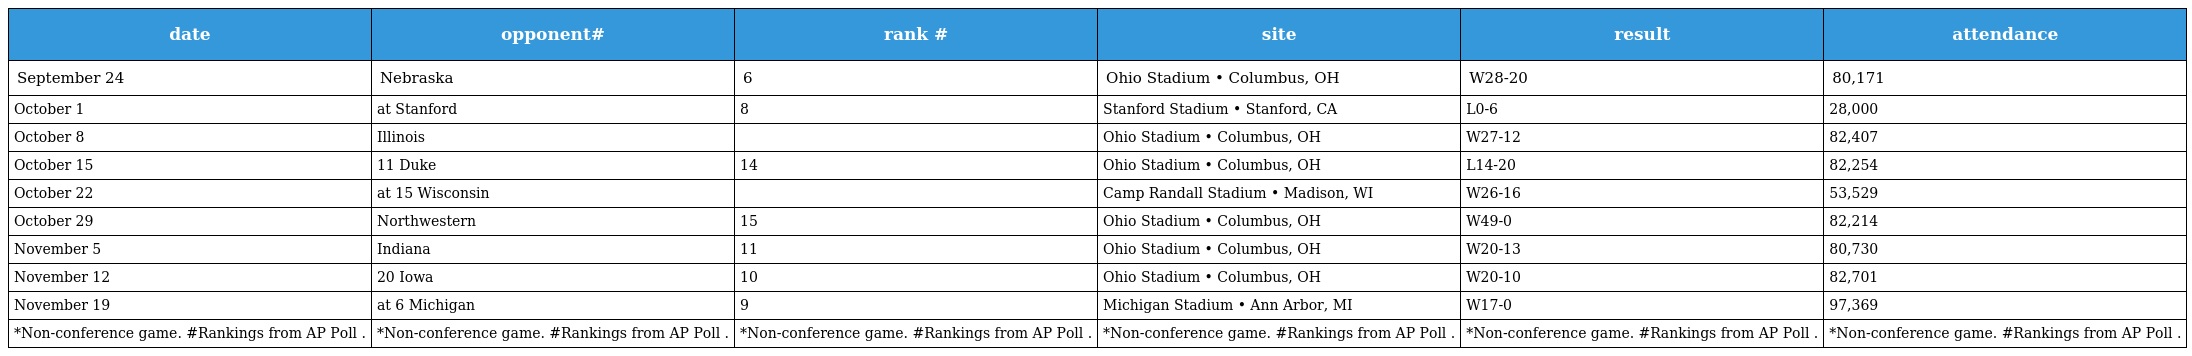
| date | opponent# | rank # | site | result | attendance |
 | --- | --- | --- | --- | --- | --- |
 | September 24 | Nebraska | 6 | Ohio Stadium • Columbus, OH | W28-20 | 80,171 |
 | October 1 | at Stanford | 8 | Stanford Stadium • Stanford, CA | L0-6 | 28,000 |
 | October 8 | Illinois |  | Ohio Stadium • Columbus, OH | W27-12 | 82,407 |
 | October 15 | 11 Duke | 14 | Ohio Stadium • Columbus, OH | L14-20 | 82,254 |
 | October 22 | at 15 Wisconsin |  | Camp Randall Stadium • Madison, WI | W26-16 | 53,529 |
 | October 29 | Northwestern | 15 | Ohio Stadium • Columbus, OH | W49-0 | 82,214 |
 | November 5 | Indiana | 11 | Ohio Stadium • Columbus, OH | W20-13 | 80,730 |
 | November 12 | 20 Iowa | 10 | Ohio Stadium • Columbus, OH | W20-10 | 82,701 |
 | November 19 | at 6 Michigan | 9 | Michigan Stadium • Ann Arbor, MI | W17-0 | 97,369 |
 | *Non-conference game. #Rankings from AP Poll . | *Non-conference game. #Rankings from AP Poll . | *Non-conference game. #Rankings from AP Poll . | *Non-conference game. #Rankings from AP Poll . | *Non-conference game. #Rankings from AP Poll . | *Non-conference game. #Rankings from AP Poll . |